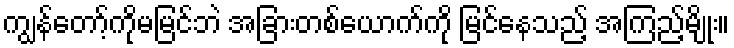
ကျွန်တော့်ကိုမမြင်ဘဲ အခြားတစ်ယောက်ကို မြင်နေသည့် အကြည့်မျိုး။